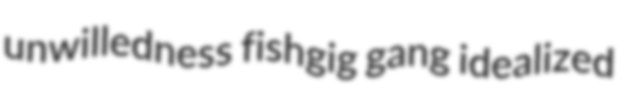
unwilledness fishgig gang idealized